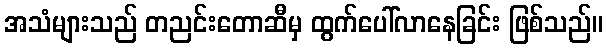
အသံများသည် တညင်းတောဆီမှ ထွက်ပေါ်လာနေခြင်း ဖြစ်သည်။